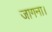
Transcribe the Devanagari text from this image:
जागना।